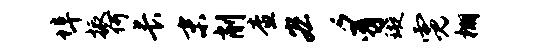
埠振何长末削查宏豸璇霓棚